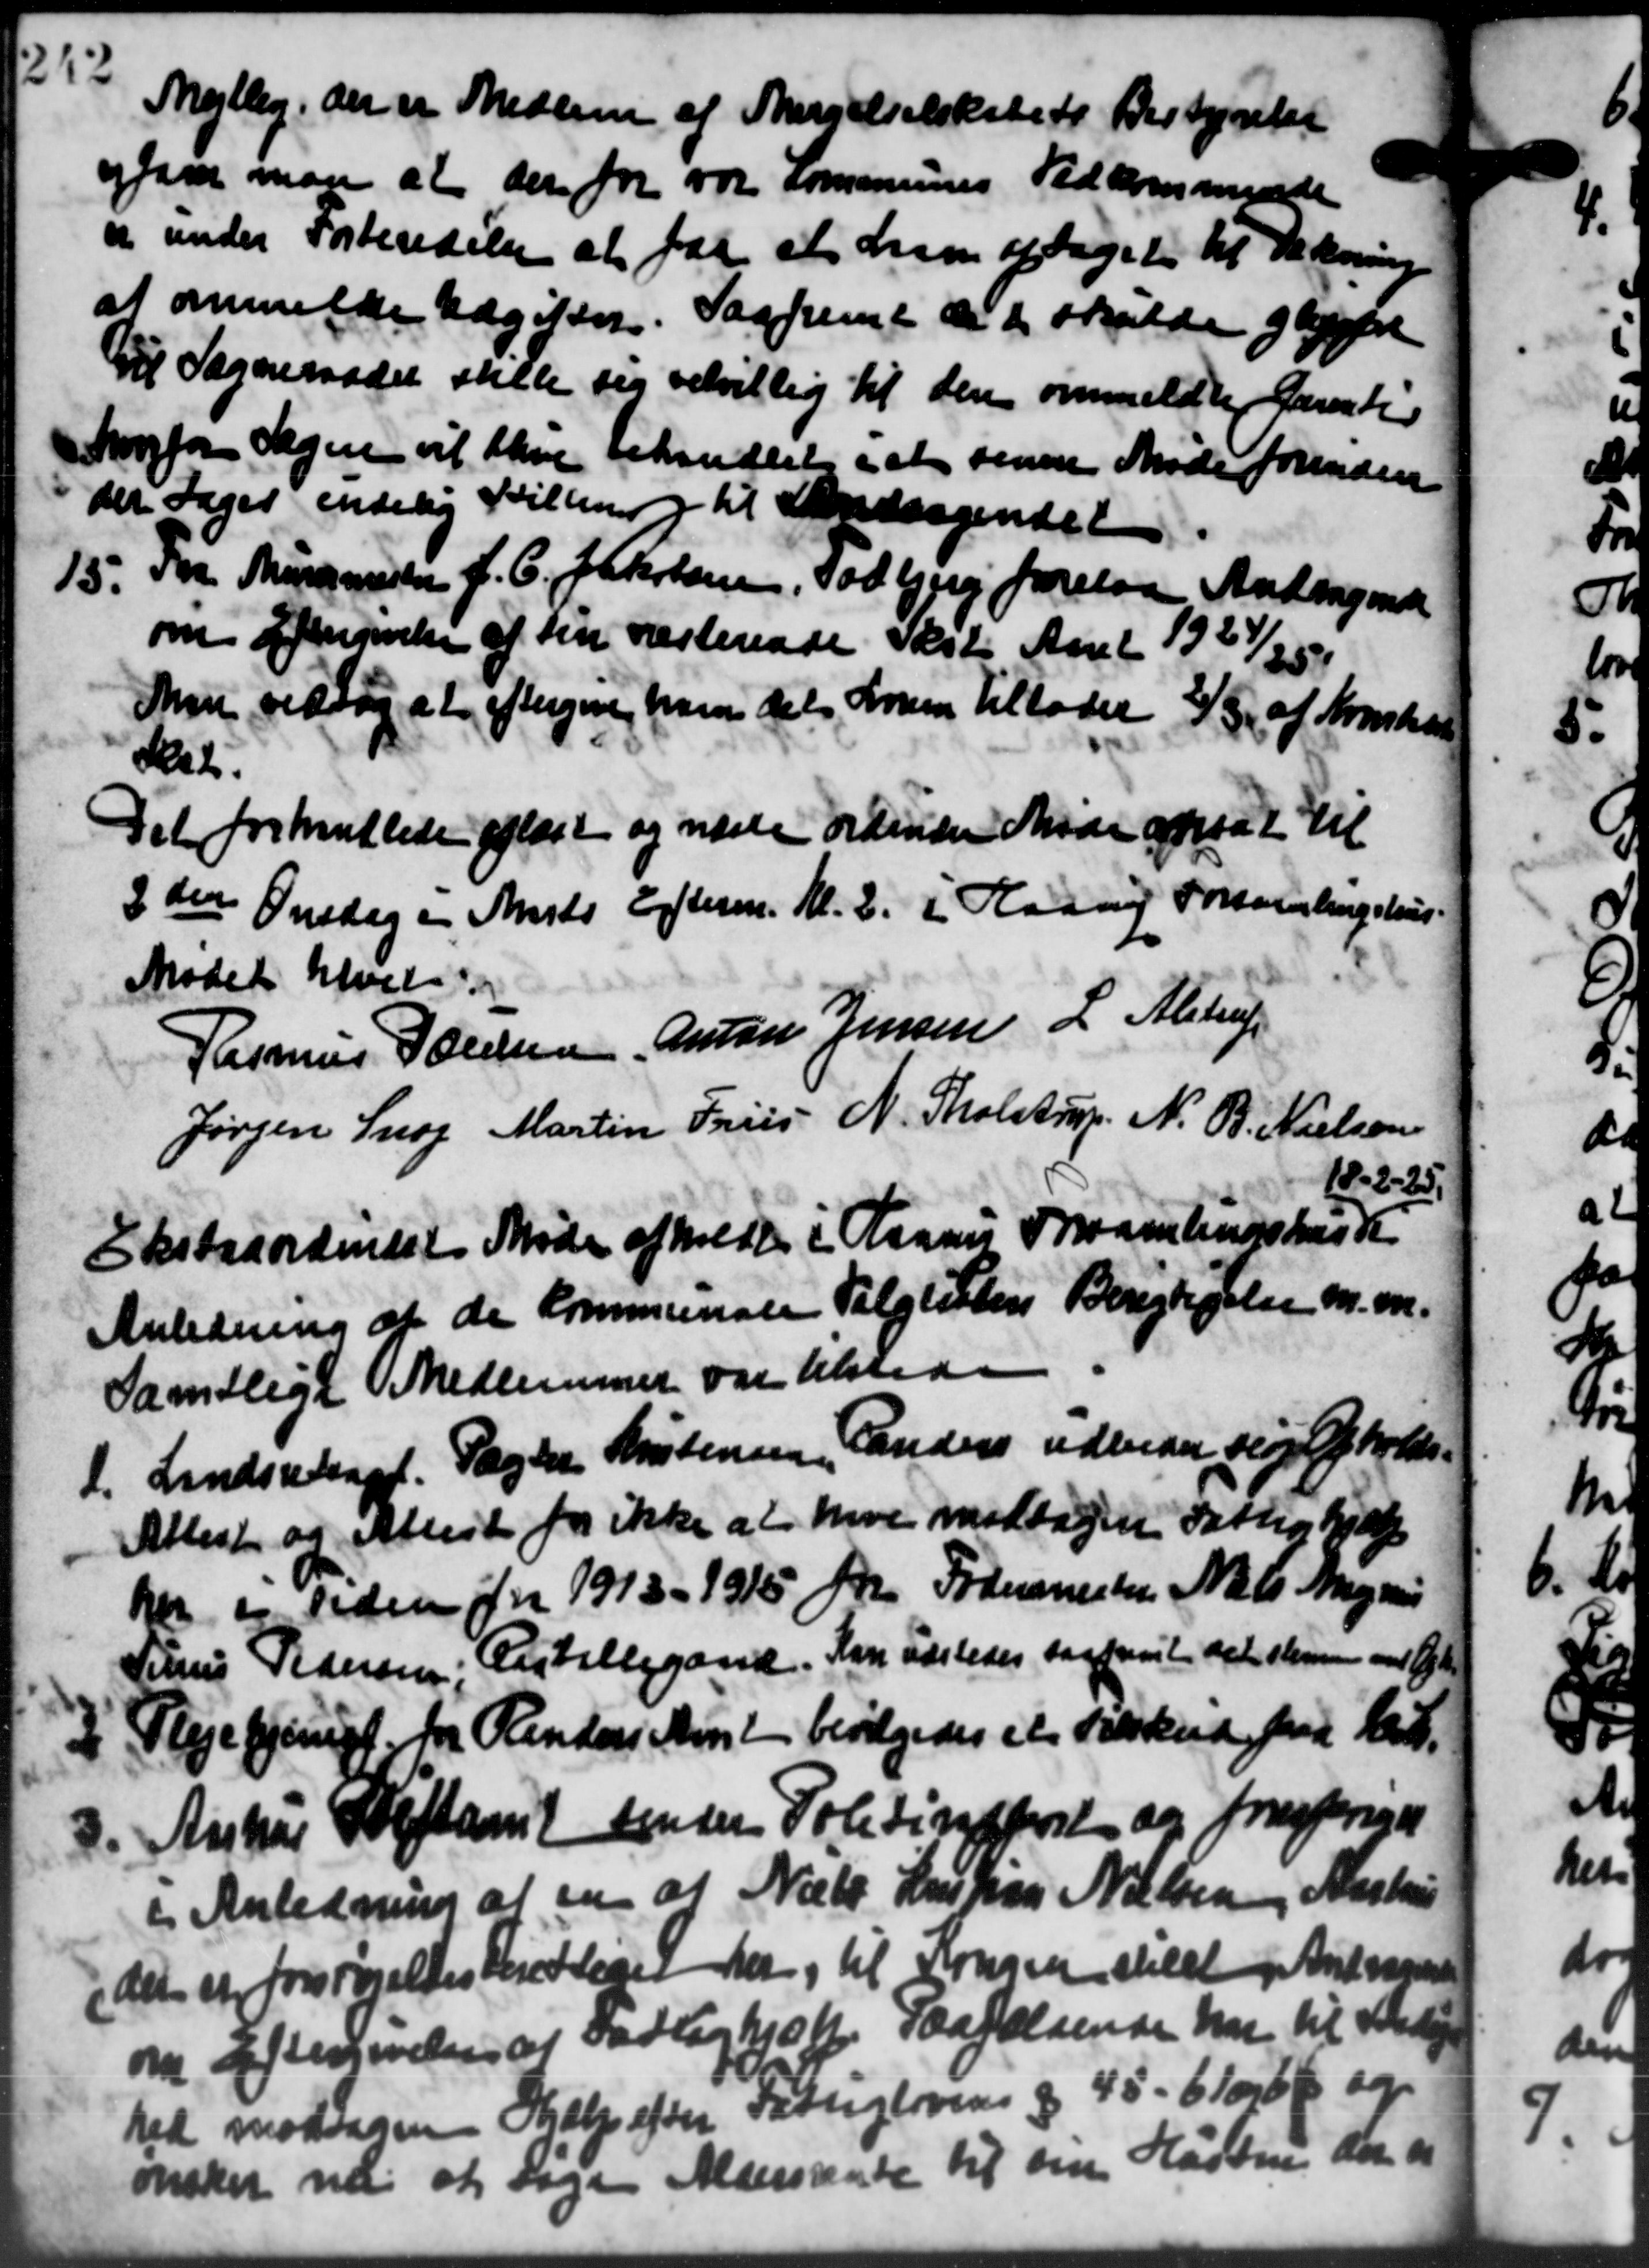
Transskription:
Mejlby, der er Medlem af Angelselskabets Bestyrelse
og saa man at der for var Kommunes Vedkommende
er under Forteredelse at for at han optaget til Dækning
at anmelde Udgifter. Saafremt de er skulde ga
Til Sogneraadet stille sig velvillig til den anmeldig Samlin
hvorfor Sagere vil blive behandlet i at senere Møde forinden
der taget endelig Stilling til Andragendet
15. Fra Murermester J. C. Jakobsen, Todbjerg forelaa Andragende
15. Fra Murermester J. C. Jakobsen, Todbjerg forelaa Andragende
om Gengivelse af sin resterende Skote Aaret 1927/25
Man vedtog at eftergive ham det Loven tillader 2/5 af Anskat
skat.
Det forhandlede afløst og næste ordinære Møde opsat til
2den Onsdag i Marts Efterm. Kl. 2. i Haany Forsamlingshus.
Mødet hver
Rasmus Poulsen Anton Jensen L. Alstrup
Jørgen Snog Martin Friis N. Tholstrup. N. B. Nielsen
18-2-25
Ekstraordinært Møde afholdt i Rasmus Forsamlingshus se
Anledning af de kommunale Valglistens Berigtigelse m. m.
Samtlige Medlemmer var tilstede
L. Landsretsaget. Pagter Mortensen, Randers udbeder sig Opholds-
L. Landsretsaget. Pagter Mortensen, Randers udbeder sig Opholds-
Attest og Attest for ikke at have modtagen Fattighjælp
M er tiden for 1913 - 1915 for Fodermester Niels Magnus
Silius Pedersen: Vestillegaard. Kan udsledes saafremt det stemmen med de

Plejehjemigt for Renders Amt bevilgedes et Tilskud fra best.
Anhus Stiftamt sender Politindkort og forespørge

i Anledning af en af Niels Hispan Nielsen, Aastru
det et forsørgelses medtaget der, til Kongen stilet Andragend
om Eftergivelse af Fattighjælp. Særfældende har til Skade
hed modtage Hjælp efter Fattigloven § 45 - 6 18 Ø og
ønsker nu at tage Aldersrente til sin Hasten der af